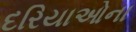
દરિયાઓના